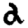
Digit: 2